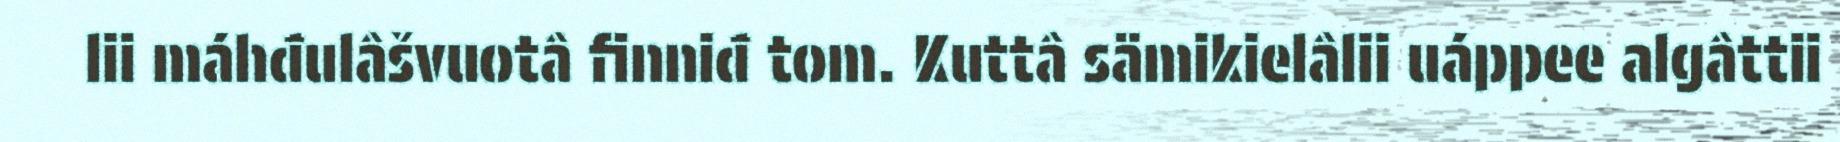
lii máhđulâšvuotâ finniđ tom. Kuttâ sämikielâlii uáppee algâttii